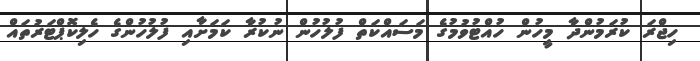
ހިޖްރަ ކުރަމުންދާ މީހުން ހުއްޓުވުމުގެ މަސައްކަތް ފުލުހުން ނުކުރާ ކަމަށާއި ފުލުހުންގެ ހެލިކޮޕްޓަރުތައް